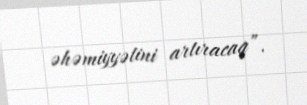
əhəmiyyətini artıracaq”.